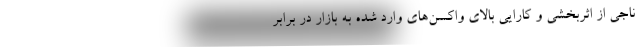
ناجی از اثربخشی و کارایی بالای واکسن‌های وارد شده به بازار در برابر